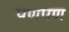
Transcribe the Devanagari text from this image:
पणपण